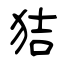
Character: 狤